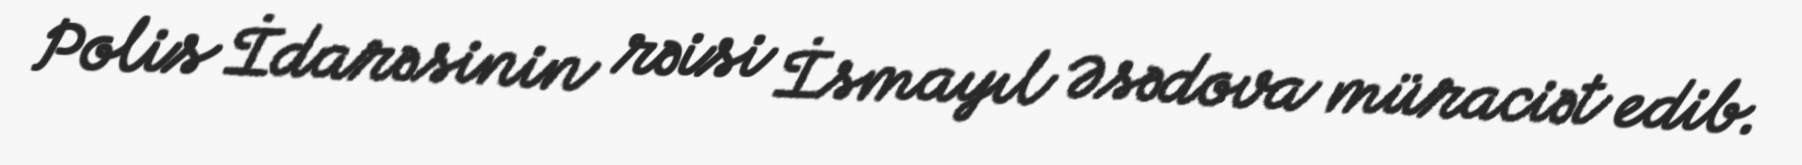
Polis İdarəsinin rəisi İsmayıl Əsədova müraciət edib.